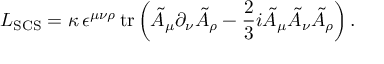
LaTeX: { \cal L } _ { \mathrm { S C S } } = \kappa \, \epsilon ^ { \mu \nu \rho } \, \mathrm { t r } \left( \tilde { A } _ { \mu } \partial _ { \nu } \tilde { A } _ { \rho } - \frac 2 3 i \tilde { A } _ { \mu } \tilde { A } _ { \nu } \tilde { A } _ { \rho } \right) .